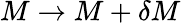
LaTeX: M\to M+\delta M